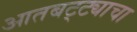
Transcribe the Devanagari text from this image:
आतबट्ट्याचा